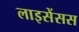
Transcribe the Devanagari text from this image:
लाइसेंसस